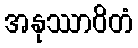
အနုဿာဝိတံ